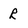
Character: r